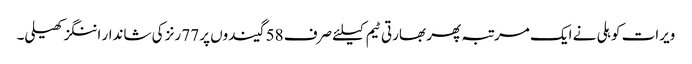
ویرات کوہلی نے ایک مرتبہ پھر بھارتی ٹیم کیلئے صرف 58 گیندوں پر 77 رنز کی شاندار اننگز کھیلی۔